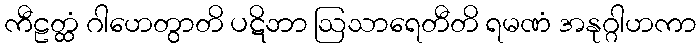
ကီဠတ္ထံ ဂါဟေတွာတိ ပဋိဘာ ဩသာရေတီတိ ရမဏံ အနုဂ္ဂါဟကာ